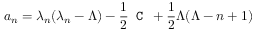
a _ { n } = \lambda _ { n } ( \lambda _ { n } - \Lambda ) - \frac 1 2 \texttt { C } + \frac 1 2 \Lambda ( \Lambda - n + 1 )